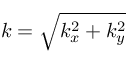
k = \sqrt { k _ { x } ^ { 2 } + k _ { y } ^ { 2 } }